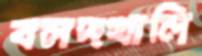
বলদখালি